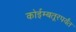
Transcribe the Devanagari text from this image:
कोईम्बतूरपर्यंत